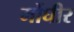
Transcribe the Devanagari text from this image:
मोंघीर